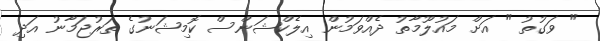
" ވަގުތު " އަށް މައުލޫމާތު ދެއްވަމުން އިލެކްޝަންސް ކޮމިޝަނުގެ ތަރުޖަމާނު އަދި